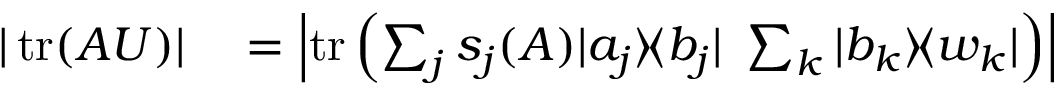
\begin{array} { r l } { | \operatorname { t r } ( A U ) | } & { { } = \left| \operatorname { t r } \left( \sum _ { j } s _ { j } ( A ) | a _ { j } \rangle \! \langle b _ { j } | \, \, \sum _ { k } | b _ { k } \rangle \! \langle w _ { k } | \right) \right| } \end{array}